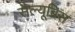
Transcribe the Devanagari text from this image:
सैल्यूब्रिस